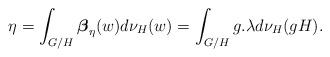
LaTeX: \begin{align*}\eta=\int_{G/H}\boldsymbol{\beta}_{\eta}(w)d\nu_{H}(w)=\int_{G/H}g.\lambda d\nu_{H}(gH).\end{align*}